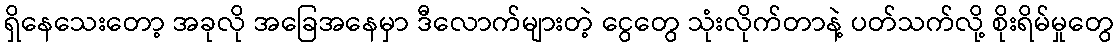
ရှိနေသေးတော့ အခုလို အခြေအနေမှာ ဒီလောက်များတဲ့ ငွေတွေ သုံးလိုက်တာနဲ့ ပတ်သက်လို့ စိုးရိမ်မှုတွေ